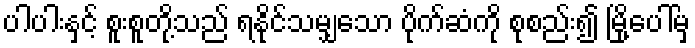
ပါပါးနှင့် စူးစူတို့သည် ရနိုင်သမျှသော ပိုက်ဆံကို စုစည်း၍ မြို့ပေါ်မှ